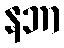
နဘာ